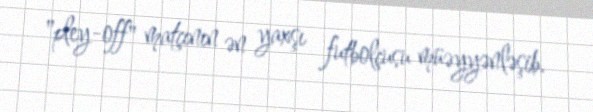
"pley-off" matçının ən yaxşı futbolçusu müəyyənləşib.